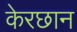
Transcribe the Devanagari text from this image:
केरछान